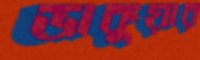
ডাকুয়ার